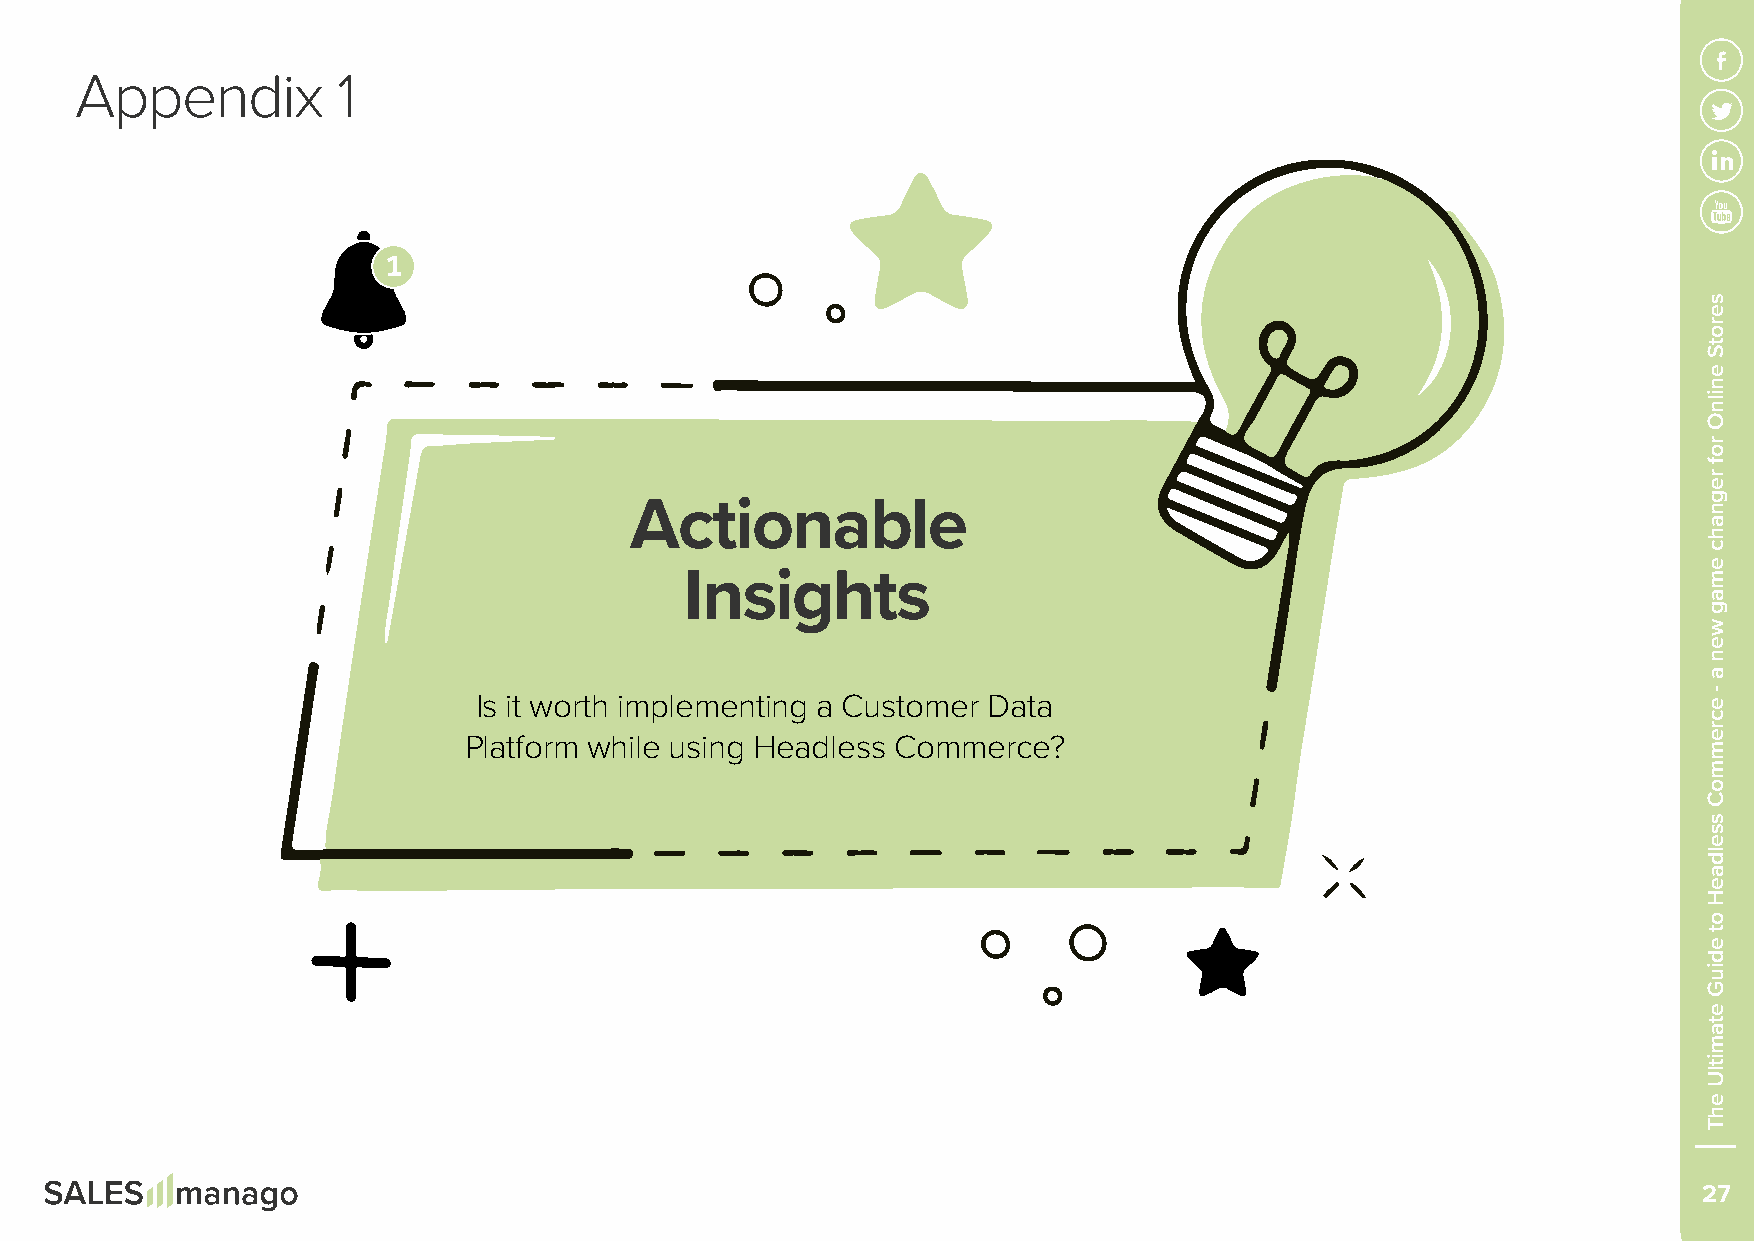
Appendix         1
 Actionable
 Insights
 Is it worth implementing a Customer Data
 Platform while using Headless Commerce?
 27
 serotS
 enilnO
 rof
 regnahc
 emag
 wen
 a
 -
 ecremmoC
 sseldaeH
 ot
 ediuG
 etamitlU
 ehT